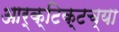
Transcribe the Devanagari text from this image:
आर्क्टिक्टच्या